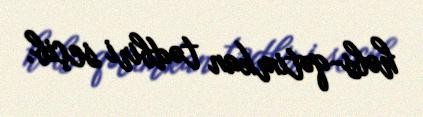
həbs-qətimkan tədbiri seçib.